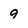
Character: 9